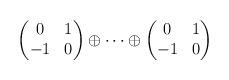
LaTeX: \begin{align*} \begin{pmatrix} 0 & 1 \\ -1 & 0 \end{pmatrix} \oplus \cdots \oplus \begin{pmatrix} 0 & 1 \\ -1 & 0 \end{pmatrix}\end{align*}